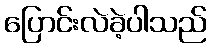
ပြောင်းလဲခဲ့ပါသည်